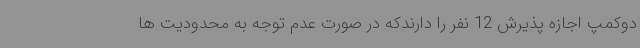
دوکمپ اجازه پذیرش 12 نفر را دارندکه در صورت عدم توجه به محدودیت ها